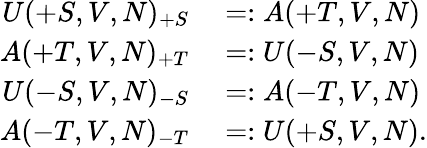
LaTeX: \begin{array}{rl}{U(+S,V,N)_{+S}}&{{}=:A(+T,V,N)}\\ {A(+T,V,N)_{+T}}&{{}=:U(-S,V,N)}\\ {U(-S,V,N)_{-S}}&{{}=:A(-T,V,N)}\\ {A(-T,V,N)_{-T}}&{{}=:U(+S,V,N).}\end{array}